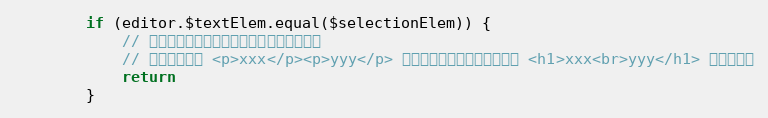
Language: JavaScript
        if (editor.$textElem.equal($selectionElem)) {
            // 不能选中多行来设置标题，否则会出现问题
            // 例如选中的是 <p>xxx</p><p>yyy</p> 来设置标题，设置之后会成为 <h1>xxx<br>yyy</h1> 不符合预期
            return
        }